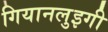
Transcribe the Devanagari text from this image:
गियानलुइगी